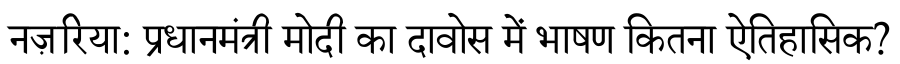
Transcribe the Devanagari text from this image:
नज़रिया: प्रधानमंत्री मोदी का दावोस में भाषण कितना ऐतिहासिक?